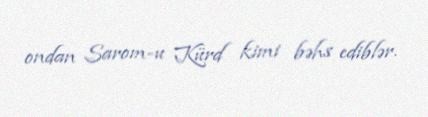
ondan Sarom-u Kürd kimi bəhs ediblər.